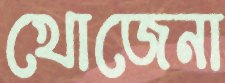
খোজেনা